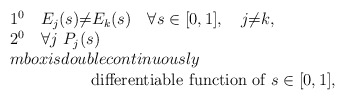
\begin{align*}\begin{array}{l}1^0 \quad E_{j} (s) {\neq} E_{k} (s) \quad \forall s \in [0,1],\quad j {\neq} k , \\2^0 \quad \forall j \ P_j (s) \\mbox{is double continuously } \\\qquad \qquad \quad\mbox{differentiable function of} \ s \in [0,1] ,\end{array}\end{align*}